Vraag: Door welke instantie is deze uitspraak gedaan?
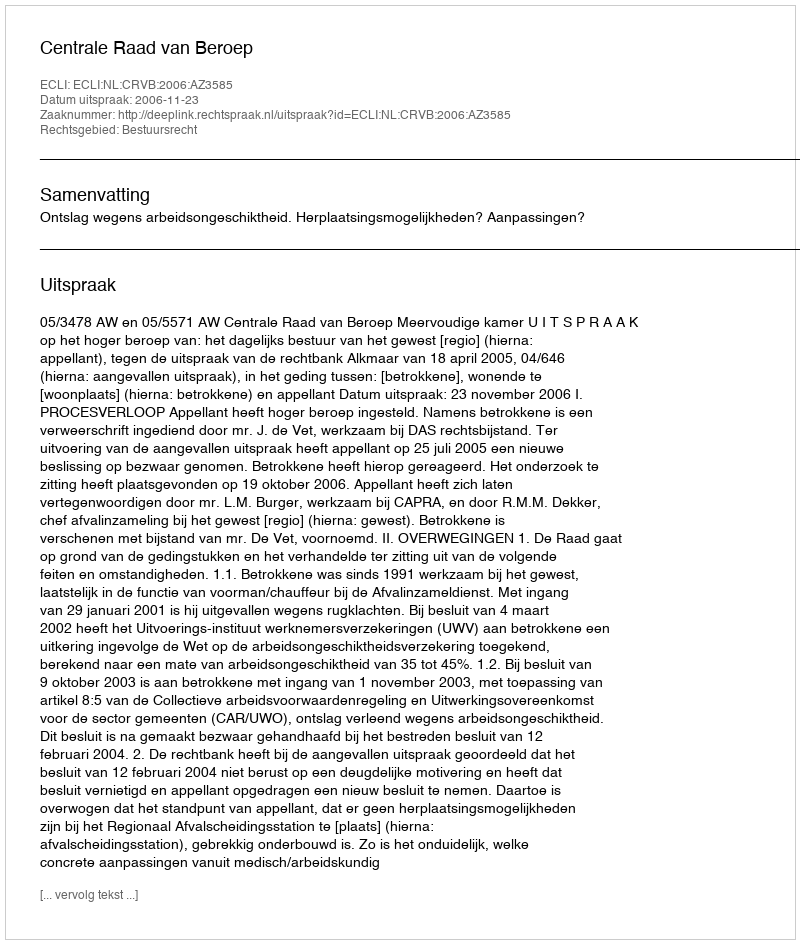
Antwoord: Centrale Raad van Beroep